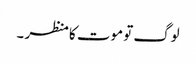
لوگ تو موت کا منظر ۔